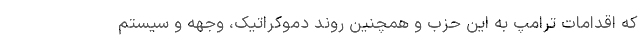
که اقدامات ترامپ به این حزب و همچنین روند دموکراتیک، وجهه و سیستم